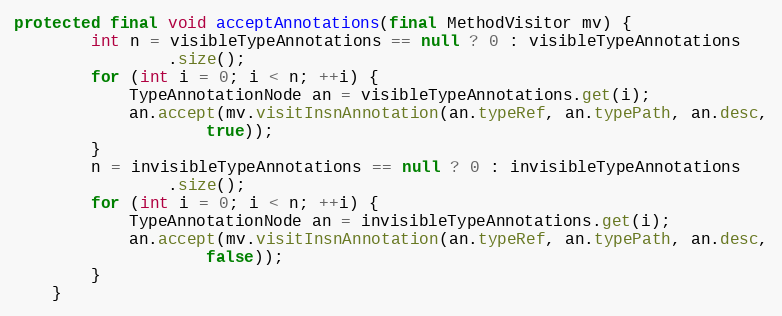
Language: Java
protected final void acceptAnnotations(final MethodVisitor mv) {
        int n = visibleTypeAnnotations == null ? 0 : visibleTypeAnnotations
                .size();
        for (int i = 0; i < n; ++i) {
            TypeAnnotationNode an = visibleTypeAnnotations.get(i);
            an.accept(mv.visitInsnAnnotation(an.typeRef, an.typePath, an.desc,
                    true));
        }
        n = invisibleTypeAnnotations == null ? 0 : invisibleTypeAnnotations
                .size();
        for (int i = 0; i < n; ++i) {
            TypeAnnotationNode an = invisibleTypeAnnotations.get(i);
            an.accept(mv.visitInsnAnnotation(an.typeRef, an.typePath, an.desc,
                    false));
        }
    }